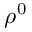
\rho ^ { 0 }